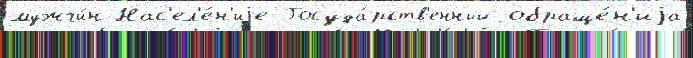
мужчи́н Нас'ел'е́н'иjе Госуда́рств'енный обраще́н'иjа